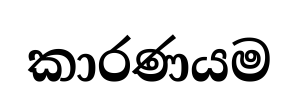
කාරණයම